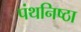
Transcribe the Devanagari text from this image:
पंथनिष्ठा